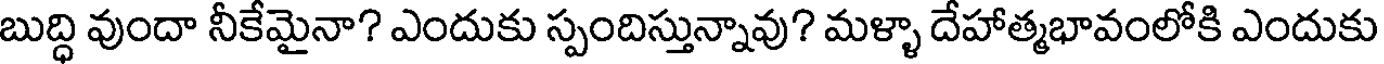
బుద్ధి వుందా నీకేమైనా? ఎందుకు స్పందిస్తున్నావు? మళ్ళా దేహాత్మభావంలోకి ఎందుకు